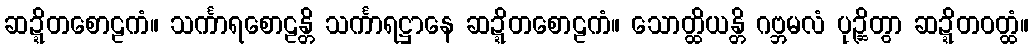
ဆဍ္ဍိတစောဠကံ။ သင်္ကာရစောဠန္တိ သင်္ကာရဋ္ဌာနေ ဆဍ္ဍိတစောဠကံ။ သောတ္ထိယန္တိ ဂဗ္ဘမလံ ပုဉ္ဆိတွာ ဆဍ္ဍိတဝတ္ထံ။